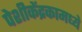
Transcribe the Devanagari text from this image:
पेशीकेंद्रकामध्ये